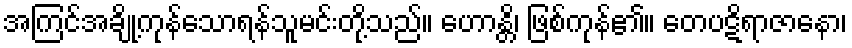
အကြင်အချို့ကုန်သောရန်သူမင်းတို့သည်။ ဟောန္တိ၊ ဖြစ်ကုန်၏။ တေပဋိရာဇာနော၊